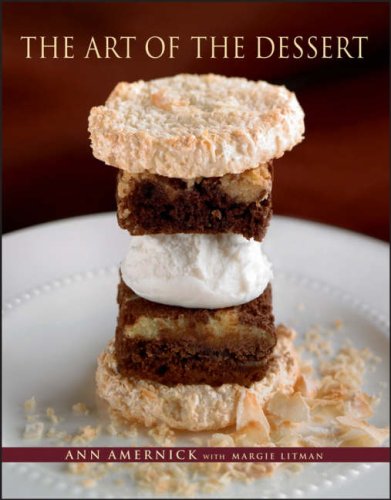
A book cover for The Art of the Dessert; Ann Amernick; Cookbooks, Food & Wine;